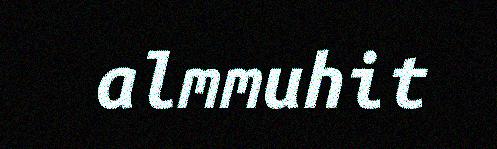
almmuhit